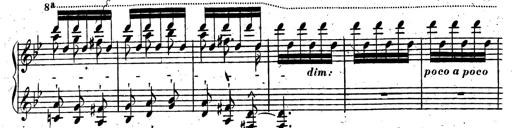
Title: Rondeau fantastique sur un thÃ¨me espagnol
Composer: Franz Liszt